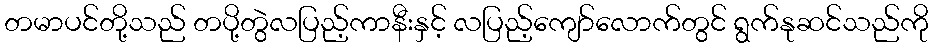
တမာပင်တို့သည် တပို့တွဲလပြည့်ကာနီးနှင့် လပြည့်ကျော်လောက်တွင် ရွက်နုဆင်သည်ကို